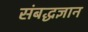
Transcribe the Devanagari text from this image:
संबद्धज्ञान